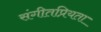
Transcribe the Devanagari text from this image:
संगीतप्रियता